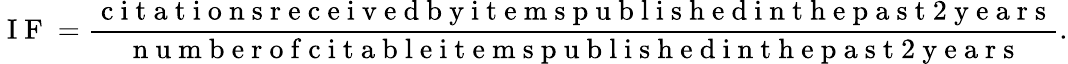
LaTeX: \mathrm{~I~F~}=\frac{\mathrm{~c~i~t~a~t~i~o~n~s~r~e~c~e~i~v~e~d~b~y~i~t~e~m~s~p~u~b~l~i~s~h~e~d~i~n~t~h~e~p~a~s~t~2~y~e~a~r~s~}}{\mathrm{~n~u~m~b~e~r~o~f~c~i~t~a~b~l~e~i~t~e~m~s~p~u~b~l~i~s~h~e~d~i~n~t~h~e~p~a~s~t~2~y~e~a~r~s~}}.